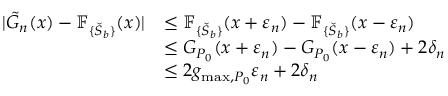
\begin{array} { r l } { | \tilde { G } _ { n } ( x ) - \mathbb { F } _ { \{ \check { S } _ { b } \} } ( x ) | } & { \leq \mathbb { F } _ { \{ \check { S } _ { b } \} } ( x + \varepsilon _ { n } ) - \mathbb { F } _ { \{ \check { S } _ { b } \} } ( x - \varepsilon _ { n } ) } \\ & { \leq G _ { P _ { 0 } } ( x + \varepsilon _ { n } ) - G _ { P _ { 0 } } ( x - \varepsilon _ { n } ) + 2 \delta _ { n } } \\ & { \leq 2 g _ { \operatorname* { m a x } , P _ { 0 } } \varepsilon _ { n } + 2 \delta _ { n } } \end{array}